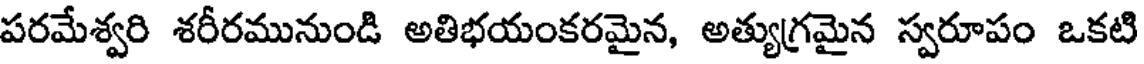
పరమేశ్వరి శరీరమునుండి అతిభయంకరమైన, అత్యుగ్రమైన స్వరూపం ఒకటి